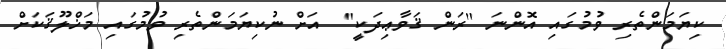
ކިޔަމަންތެރި ވުމުގައި އޮންނަ ''ރަން ޤަވާޢިދަކީ''  އަށް ނުކިޔަމަންތެރި ވުމުގައި މަޚްލޫޤަކަށް